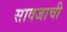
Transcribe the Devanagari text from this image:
सावजाची